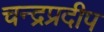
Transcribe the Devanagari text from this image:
चन्द्रप्रदीप